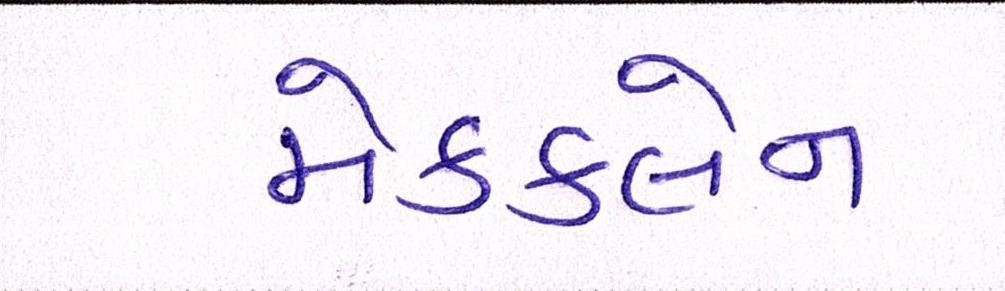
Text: મેકક્લેન